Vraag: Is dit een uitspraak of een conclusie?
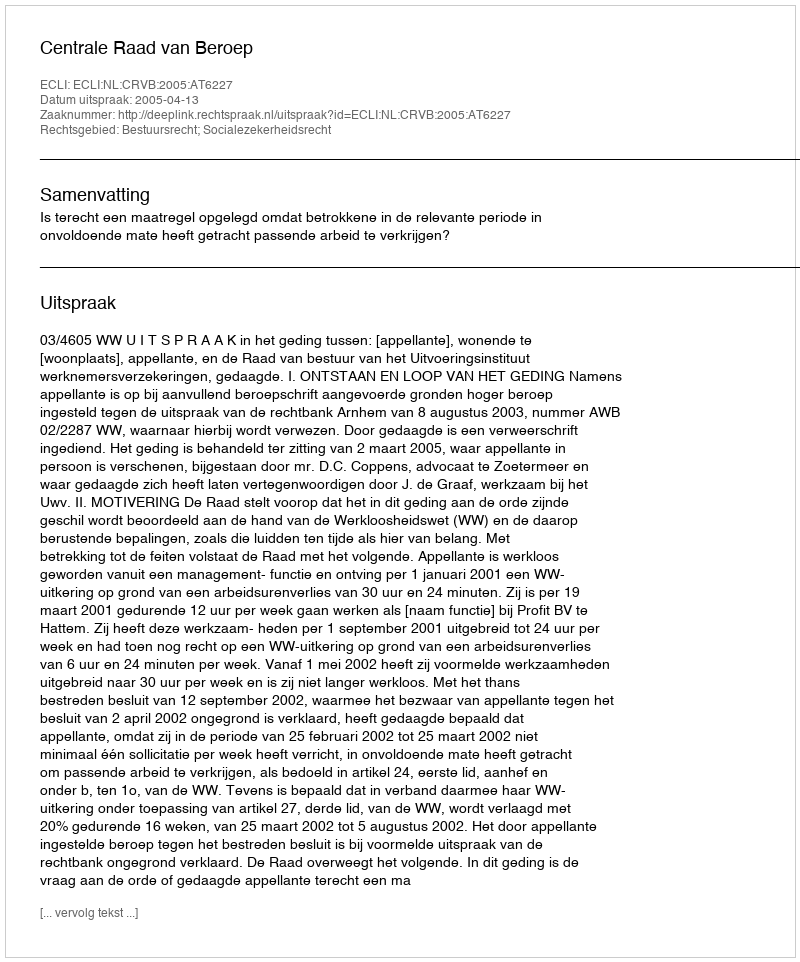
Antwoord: Uitspraak